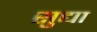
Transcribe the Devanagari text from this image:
सुद्या